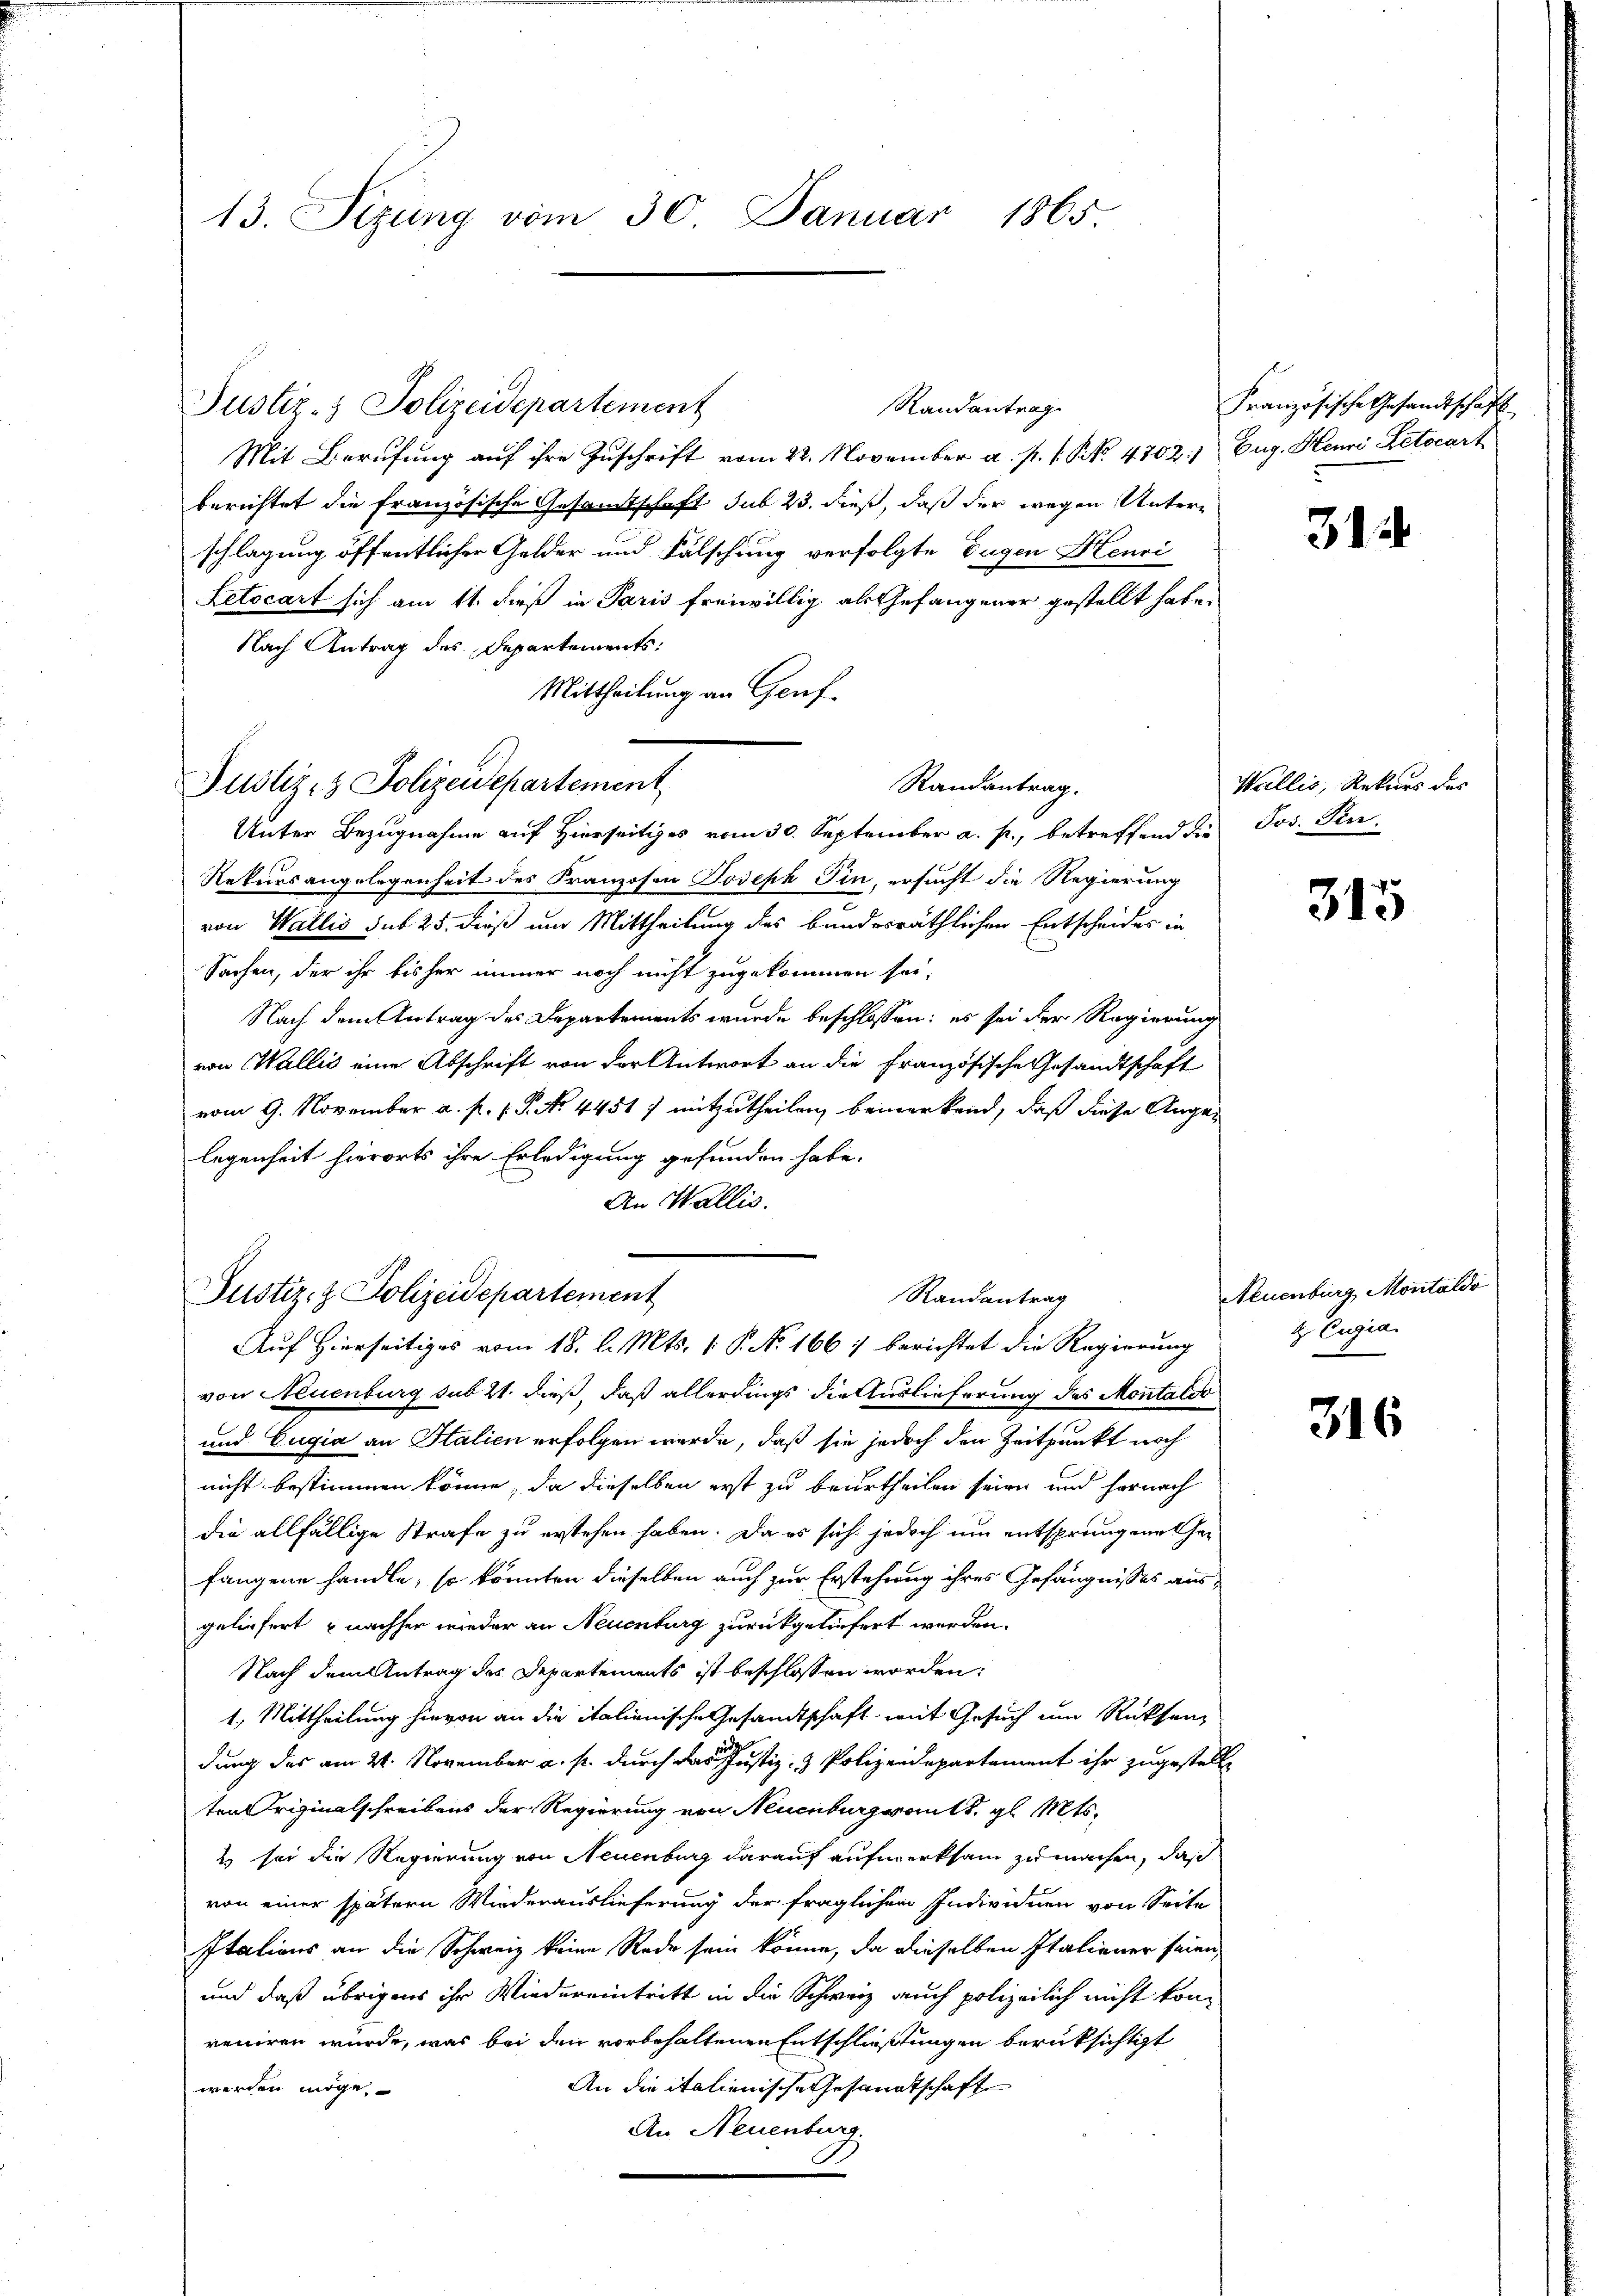
13. Sizung vom 30. Januar 1865.

Justiz- & Polizeidepartement

Justiz- & Polizeidepartement

Mit Berufung auf ihre Zuschrift vom 22. November a. p. s. N. N. 4702/ Eug. Heuri Letocart
berichtet die französische Gesamtschaft sub 23. dieß, daß der wegen Unterschlagung öffentlicher Gelder und Fälschung verfolgte Eugen Henri
Letocart sich am 11. dieß in Paris freiwillig als Gefängener gestellt habe.
Nach Antrag des Departements:
Mittheilung an Genf.
Unter Bezugnahme auf Hierseitiges vom 30. September a. p., betreffend die Jos. Per-
Rekursangelegenheit des Franzosen Joseph Pin, ersucht die Regierung
von Wallis sub. 25. dieß um Mittheilung des bundesräthlichen Entscheides in
Sachen, der ihr bisher immer noch nicht zugekommen sei,
Nach dem Antrag des Departements wurde beschlossen: es sei der Regierung
von Wallis eine Abschrift von der Antwort an die Französische Gesandtschaft
vom 9. November a. p. v. P. No 4451) mitzutheilen, bemerkend, daß diese Angelegenheit hierorts ihre Erledigung gefunden habe.
An Wallis.

Randantrag

Randantrag.

Justiz- & Polizeidepartement
Randantrag
Auf Hierseitiges vom 18. d. Mts. 1. P. No 166 :/ berichtet die Regierung

Französische Gesandtschaft
5

von Neuenburg sub 21. dieß, daß allerdings die Auslieferung des Montalde
und Eugia an Stalien erfolgen werde, daß sie jedoch den Zeitpunkt noch
nicht bestimmen könne, da dieselben erst zu beurtheilen seien und hernach
die allfällige Strafe zu erstehen haben. Da es sich jedoch um entsprungenes Gefangene handle, so könnten dieselben auch zur Erstehung ihres Gefängnisses ausgeliefert nachher wieder an Neuenburg zurückgeliefert werden.
Nach dem Antrag des Departements ist beschlossen worden:
1., Mittheilung hievon an die italienische Gesandtschaft mit Gesuch um Rücksendung des am 21. November a. p. durch das austiz- & Polizeidepartament ihr zugestell
ten Originalschreibens der Regierung von Neuenburgroits. gl. Mts.
2 sei die Regierung von Neuenburg darauf aufmerksam zu machen, daß
von einer spätern Wiederauslieferung der fraglichen Individuen von Seite
Itations an die Schweiz keine Rede sein könne, da dieselben Italiener seien,
und daß übrigens ihr Wiedereintritt in die Schweiz auch polizeilich nicht konreniren würde, was bei den vorbehaltenen Entschließungen berüksichtigt
An die italienische Gesandtschaft
werden möge.
An Neuenburg.

315

Wallis, Rekurs des

315

Neuenburg Montaldo
t Eugia
e

316